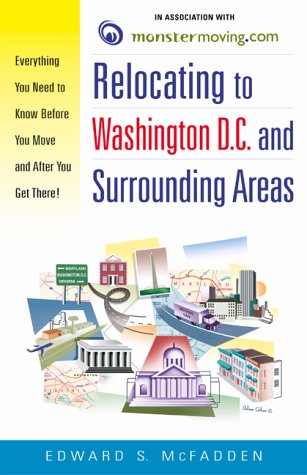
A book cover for Relocating to Washington DC and Surrounding Areas: Everything You Need to Know Before You Move and After You Get There!; Ed McFadden; Travel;